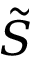
\tilde { S }